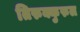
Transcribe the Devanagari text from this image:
तिरुक्कुरुल